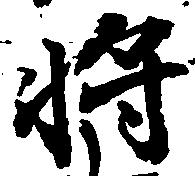
将